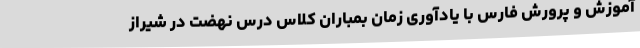
آموزش و پرورش فارس با یادآوری زمان بمباران کلاس درس نهضت در شیراز